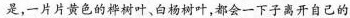
是，一片片黄色的桦树叶、白杨树叶，都会一下子离开自己的